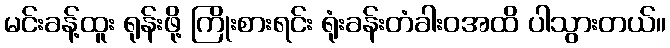
မင်းခန့်ထူး ရုန်းဖို့ ကြိုးစားရင်း ရုံးခန်းတံခါးဝအထိ ပါသွားတယ်။